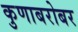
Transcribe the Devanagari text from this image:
कुणाबरोबर